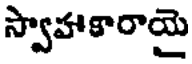
స్వాహాకారాయై